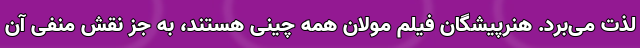
لذت می‌برد. هنرپیشگان فیلم مولان همه چینی هستند، به جز نقشِ منفی آن